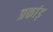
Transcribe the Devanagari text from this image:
प्रकांड़